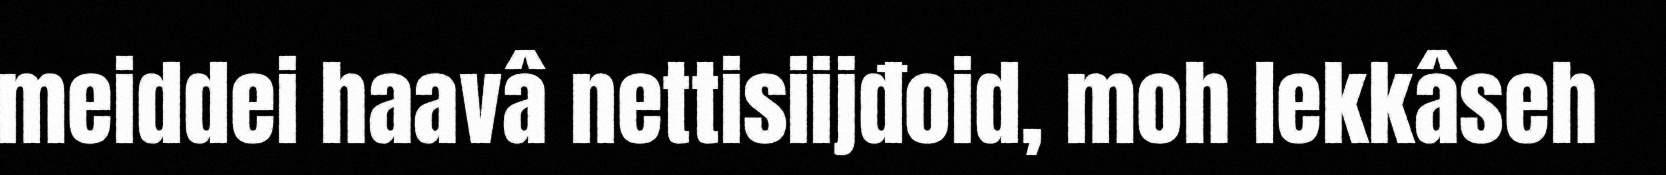
meiddei haavâ nettisiijđoid, moh lekkâseh